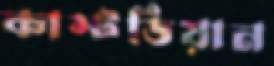
কাস্টডিয়ান